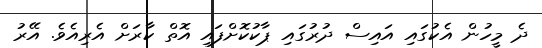
ދެ މީހުން އެކުގައި އައިސް ދުރުގައި ޕާކުކޮށްފައި އޮތް ކާރަށް އެރިއެވެ. އޭރު